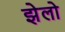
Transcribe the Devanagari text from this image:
झेलो